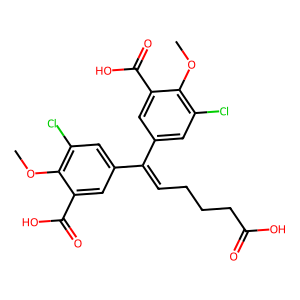
SMILES: COc1c(Cl)cc(C(=CCCCC(=O)O)c2cc(Cl)c(OC)c(C(=O)O)c2)cc1C(=O)O
Inhibits HIV replication: No